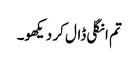
تم انگلی ڈال کر دیکھو۔